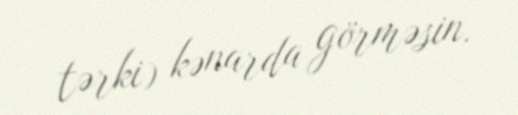
tərki) kənarda görməsin.